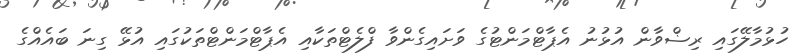
ހުޅުމާލޭގައި ރިޟްވާން އުޅުނު އެޕާޓްމަންޓުގެ ވަށައިގެންވާ ފްލެޓްތަކާއި އެޕާޓްމަންޓްތަކުގައި އުޅޭ ގިނަ ބައެއްގެ